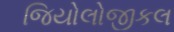
જિયોલોજીકલ